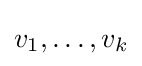
v_{1},\ldots ,v_{k}